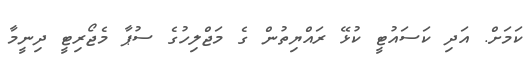
ކަމަށް. އަދި ކަސައުޓީ ކުޅޭ ރައްޔިތުން ގެ މަޖްލިހުގެ ސުޕާ މެޖޯރިޓީ ދިނީމާ